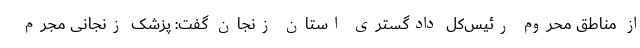
از مناطق محروم رئیس‌کل دادگستری استان زنجان گفت: پزشک زنجانی مجرم